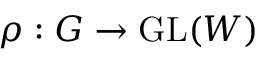
\rho : G \to { \mathrm { G L } } ( W )